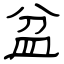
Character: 盆